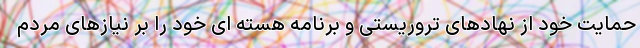
حمایت خود از نهادهای تروریستی و برنامه هسته ای خود را بر نیازهای مردم